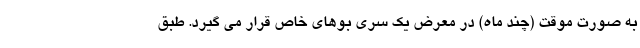
به صورت موقت (چند ماه) در معرض یک سری بوهای خاص قرار می گیرد. طبق